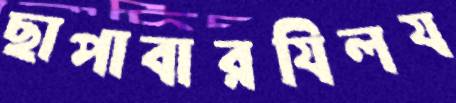
ছাপাবারযিলয